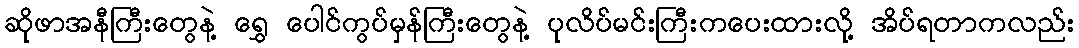
ဆိုဖာအနီကြီးတွေနဲ့ ရွှေ ပေါင်ကွပ်မှန်ကြီးတွေနဲ့ ပုလိပ်မင်းကြီးကပေးထားလို့ အိပ်ရတာကလည်း